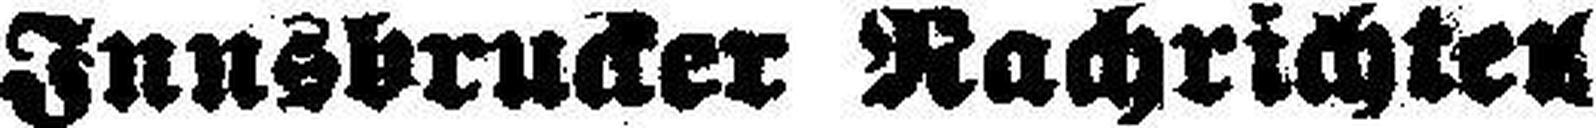
Innsbrucker Nachrichten